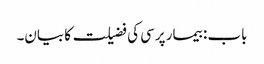
باب : بیمار پرسی کی فضیلت کا بیان۔